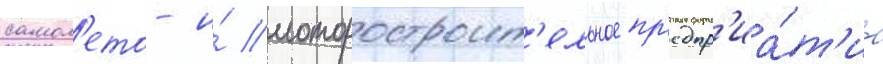
самол'ето- и́ моторостроит'ельное пр'едпр'иа́т'иа